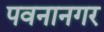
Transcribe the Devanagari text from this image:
पवनानगर